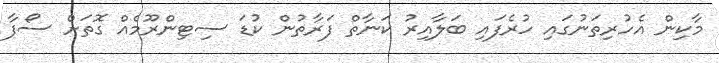
މާކިން އެހުރިތަނުގައި ހުރެފައި ބަލާއިރު ކަނާތް ފަރާތުން ކުޑަ ސިޓިންރޫމެއް ގޮތަށް ސޯފާ